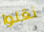
نقلوا